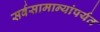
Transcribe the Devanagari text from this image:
सर्वसामान्यांपर्यत